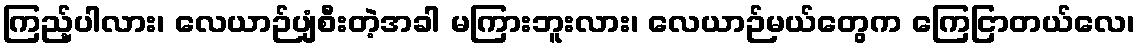
ကြည့်ပါလား၊ လေယာဉ်ပျံစီးတဲ့အခါ မကြားဘူးလား၊ လေယာဉ်မယ်တွေက ကြေငြာတယ်လေ၊